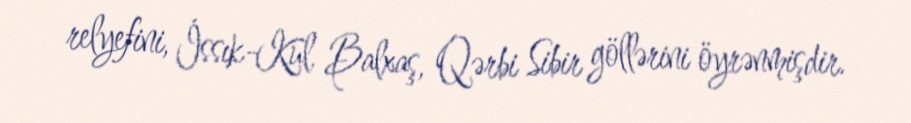
relyefini, İssık-Kul, Balxaş, Qərbi Sibir göllərini öyrənmişdir.